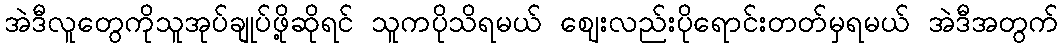
အဲဒီလူတွေကိုသူအုပ်ချုပ်ဖို့ဆိုရင် သူကပိုသိရမယ် ဈေးလည်းပိုရောင်းတတ်မှရမယ် အဲဒီအတွက်